Senior Leaving Certificate Examination (including Day School Certificate (Higher) General paper), 1946
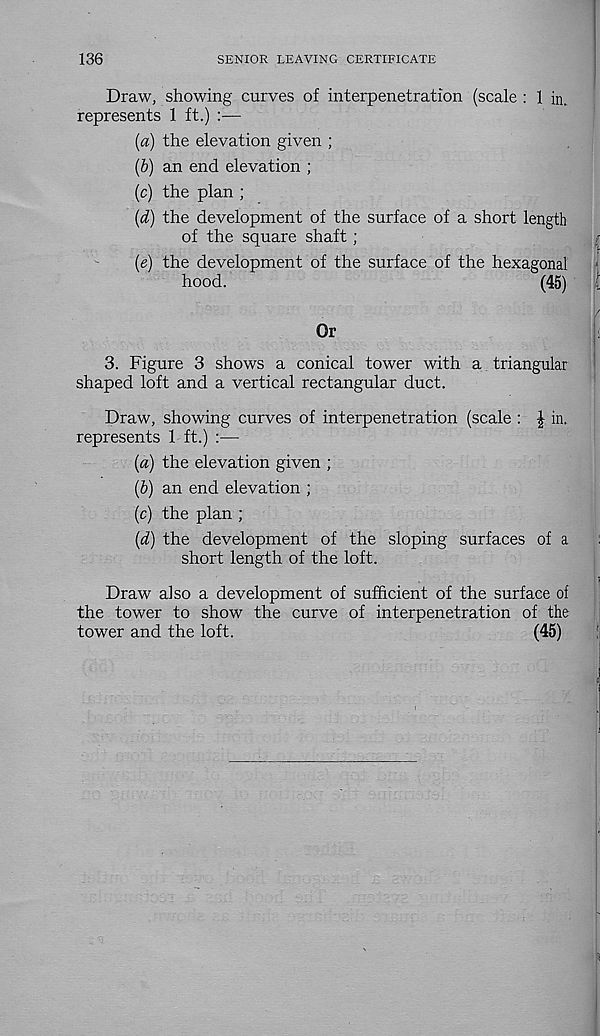
136
SENIOR LEAVING CERTIFICATE
Draw, showing curves of interpenetration (scale : 1 in.
represents 1 ft.) :—
(a) the elevation given ;
(b) an end elevation ;
(c) the plan ;
(d) the development of the surface of a short length
of the square shaft;
(e) the development of the surface of the hexagonal
hood.
(45)
Or
3. Figure 3 shows a conical tower with a triangular
shaped loft and a vertical rectangular duct.
Draw, showing curves of interpenetration (scale : \ in.
represents 1 ft.) :—
{a) the elevation given ;
(b) an end elevation ;
(c) the plan ;
{d) the development of the sloping surfaces of a
short length of the loft.
Draw also a development of sufficient of the surface of
the tower to show the curve of interpenetration of the
tower and the loft.
(45)